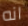
انه